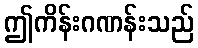
ဤကိန်းဂဏန်းသည်